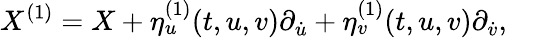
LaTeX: X^{(1)}=X+\eta_{u}^{(1)}(t,u,v)\partial_{\dot{u}}+\eta_{v}^{(1)}(t,u,v)\partial_{\dot{v}},\quad